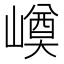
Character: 𡼓